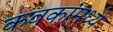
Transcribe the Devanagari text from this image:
कवकांमध्ये